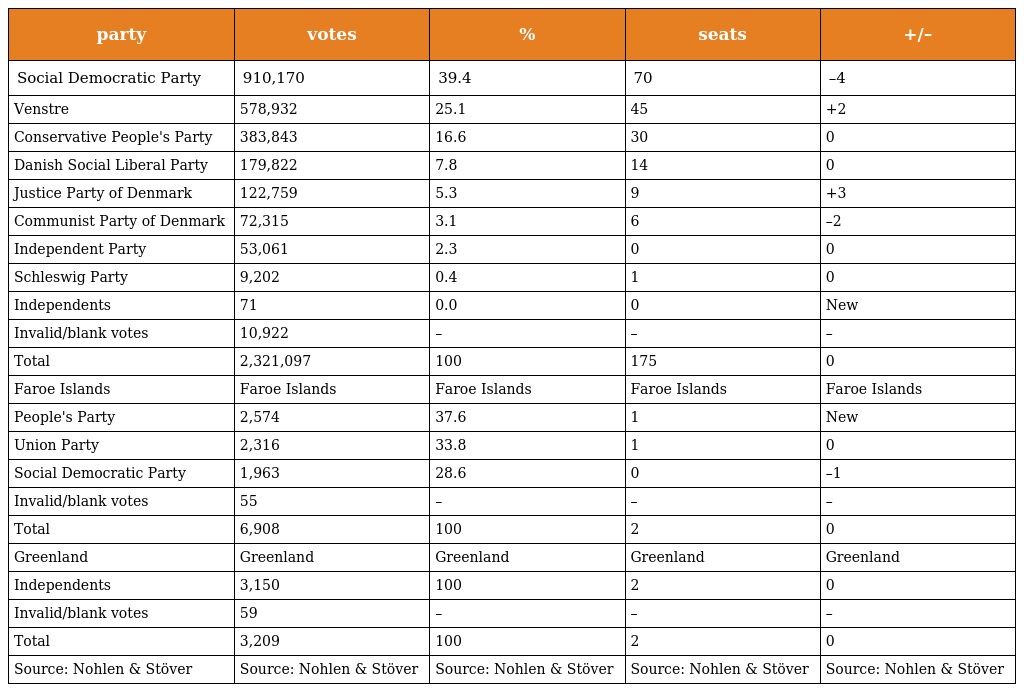
| party | votes | % | seats | +/– |
 | --- | --- | --- | --- | --- |
 | Social Democratic Party | 910,170 | 39.4 | 70 | –4 |
 | Venstre | 578,932 | 25.1 | 45 | +2 |
 | Conservative People's Party | 383,843 | 16.6 | 30 | 0 |
 | Danish Social Liberal Party | 179,822 | 7.8 | 14 | 0 |
 | Justice Party of Denmark | 122,759 | 5.3 | 9 | +3 |
 | Communist Party of Denmark | 72,315 | 3.1 | 6 | –2 |
 | Independent Party | 53,061 | 2.3 | 0 | 0 |
 | Schleswig Party | 9,202 | 0.4 | 1 | 0 |
 | Independents | 71 | 0.0 | 0 | New |
 | Invalid/blank votes | 10,922 | – | – | – |
 | Total | 2,321,097 | 100 | 175 | 0 |
 | Faroe Islands | Faroe Islands | Faroe Islands | Faroe Islands | Faroe Islands |
 | People's Party | 2,574 | 37.6 | 1 | New |
 | Union Party | 2,316 | 33.8 | 1 | 0 |
 | Social Democratic Party | 1,963 | 28.6 | 0 | –1 |
 | Invalid/blank votes | 55 | – | – | – |
 | Total | 6,908 | 100 | 2 | 0 |
 | Greenland | Greenland | Greenland | Greenland | Greenland |
 | Independents | 3,150 | 100 | 2 | 0 |
 | Invalid/blank votes | 59 | – | – | – |
 | Total | 3,209 | 100 | 2 | 0 |
 | Source: Nohlen & Stöver | Source: Nohlen & Stöver | Source: Nohlen & Stöver | Source: Nohlen & Stöver | Source: Nohlen & Stöver |